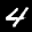
Label: 4